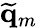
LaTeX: \widetilde{\mathbf{q}}_{m}